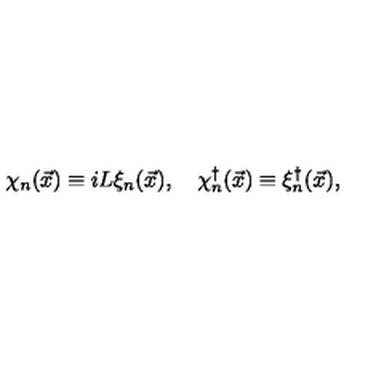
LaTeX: \chi _ { n } ( \vec { x } ) \equiv i L \xi _ { n } ( \vec { x } ) , \quad \chi _ { n } ^ { \dagger } ( \vec { x } ) \equiv \xi _ { n } ^ { \dagger } ( \vec { x } ) ,